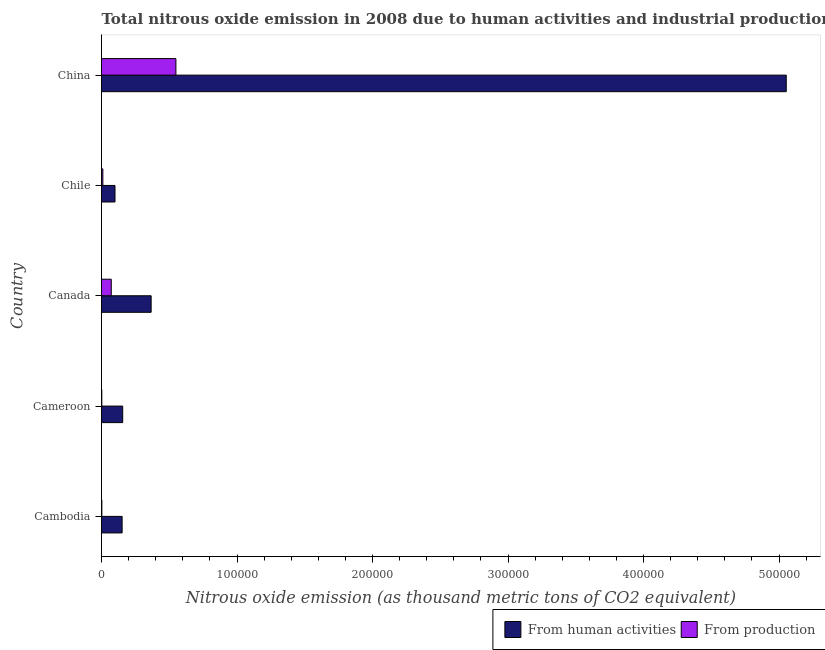
| Country | From human activities | From production |
 | --- | --- | --- |
 | Cambodia | 1.52e+04 | 258 |
 | Cameroon | 1.56e+04 | 236 |
 | Canada | 3.66e+04 | 7.21e+03 |
 | Chile | 9.96e+03 | 1e+03 |
 | China | 5.05e+05 | 5.49e+04 |